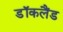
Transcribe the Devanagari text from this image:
डॉकलैंड